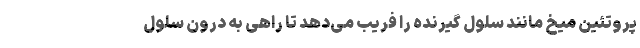
پروتئین میخ مانند سلول گیرنده را فریب می‌دهد تا راهی به درون سلول